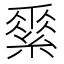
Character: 𦃃